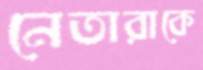
নেতারাকে